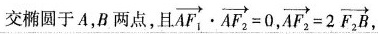
交椭圆于A，B两点，且 $$\overrightarrow { A F _ { 1 } } \cdot \overrightarrow { A F _ { 2 } } = 0$$ $$\overrightarrow { A F _ { 2 } } = 2